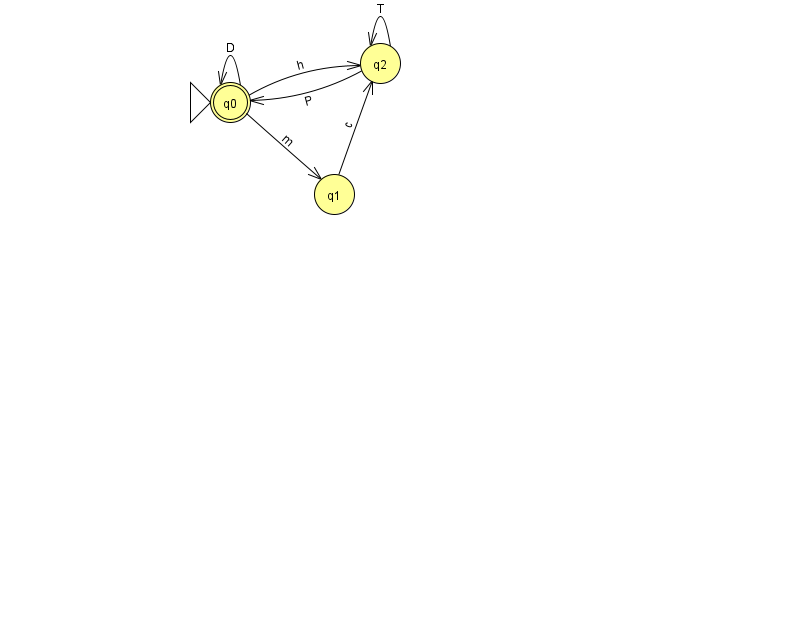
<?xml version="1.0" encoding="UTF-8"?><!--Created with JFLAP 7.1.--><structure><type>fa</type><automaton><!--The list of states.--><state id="0" name="q0"><x>230.0</x><y>89.0</y><initial/><final/></state><state id="1" name="q1"><x>334.0</x><y>181.0</y></state><state id="2" name="q2"><x>380.0</x><y>50.0</y></state><!--The list of transitions.--><transition><from>2</from><to>0</to><read>P</read></transition><transition><from>1</from><to>2</to><read>c</read></transition><transition><from>0</from><to>0</to><read>D</read></transition><transition><from>2</from><to>2</to><read>T</read></transition><transition><from>0</from><to>2</to><read>h</read></transition><transition><from>0</from><to>1</to><read>m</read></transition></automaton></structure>